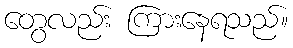
တွေလည်း ကြားနေရသည်။